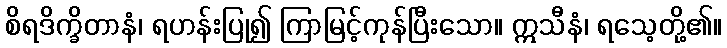
စိရဒိက္ခိတာနံ၊ ရဟန်းပြု၍ ကြာမြင့်ကုန်ပြီးသော။ ဣသီနံ၊ ရသေ့တို့၏။